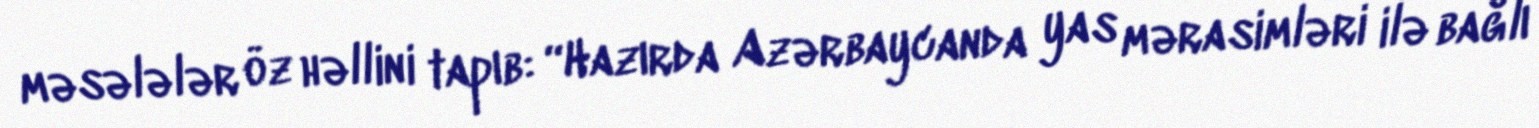
məsələlər öz həllini tapıb: “Hazırda Azərbaycanda yas mərasimləri ilə bağlı